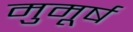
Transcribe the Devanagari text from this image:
मुमूर्ष